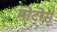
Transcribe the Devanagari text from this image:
मोटोर्स